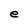
Character: e